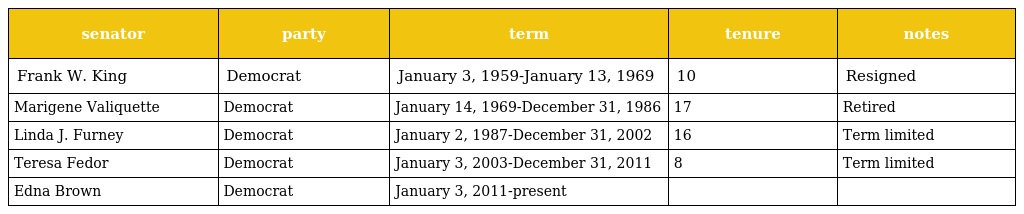
| senator | party | term | tenure | notes |
 | --- | --- | --- | --- | --- |
 | Frank W. King | Democrat | January 3, 1959-January 13, 1969 | 10 | Resigned |
 | Marigene Valiquette | Democrat | January 14, 1969-December 31, 1986 | 17 | Retired |
 | Linda J. Furney | Democrat | January 2, 1987-December 31, 2002 | 16 | Term limited |
 | Teresa Fedor | Democrat | January 3, 2003-December 31, 2011 | 8 | Term limited |
 | Edna Brown | Democrat | January 3, 2011-present |  |  |